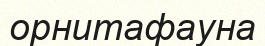
орнитафауна